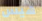
هيس